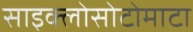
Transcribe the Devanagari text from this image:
साइक्लोसोटोमाटा